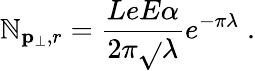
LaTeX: \mathbb{N}_{{\mathbf{p}}_{\perp},r}=\frac{{LeE\alpha}}{{2\pi\sqrt{}{{\lambda}}}}e^{-\pi\lambda}\; .